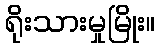
ရိုးသားမှုမြိုး။